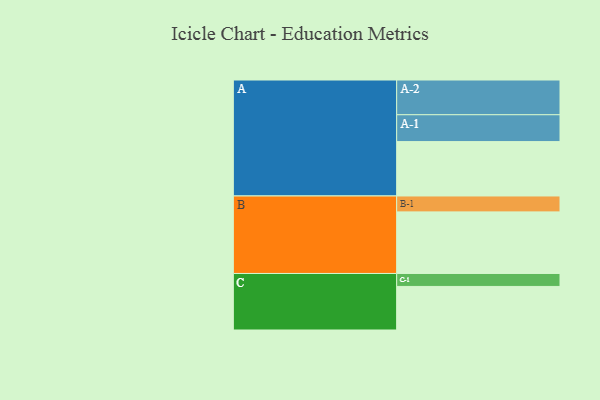
{"axis": {"x": "Segment", "y": "Value"}, "legend": ["", "A", "B", "C"], "data": [{"x": "A", "y": 407, "type": ""}, {"x": "B", "y": 461, "type": ""}, {"x": "C", "y": 326, "type": ""}, {"x": "A-1", "y": 201, "type": "A"}, {"x": "A-2", "y": 260, "type": "A"}, {"x": "B-1", "y": 119, "type": "B"}, {"x": "C-1", "y": 97, "type": "C"}]}